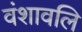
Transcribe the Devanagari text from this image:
वंशावलि